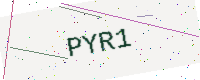
Text: PYR1